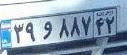
۳۹و۸۸۷۴۲